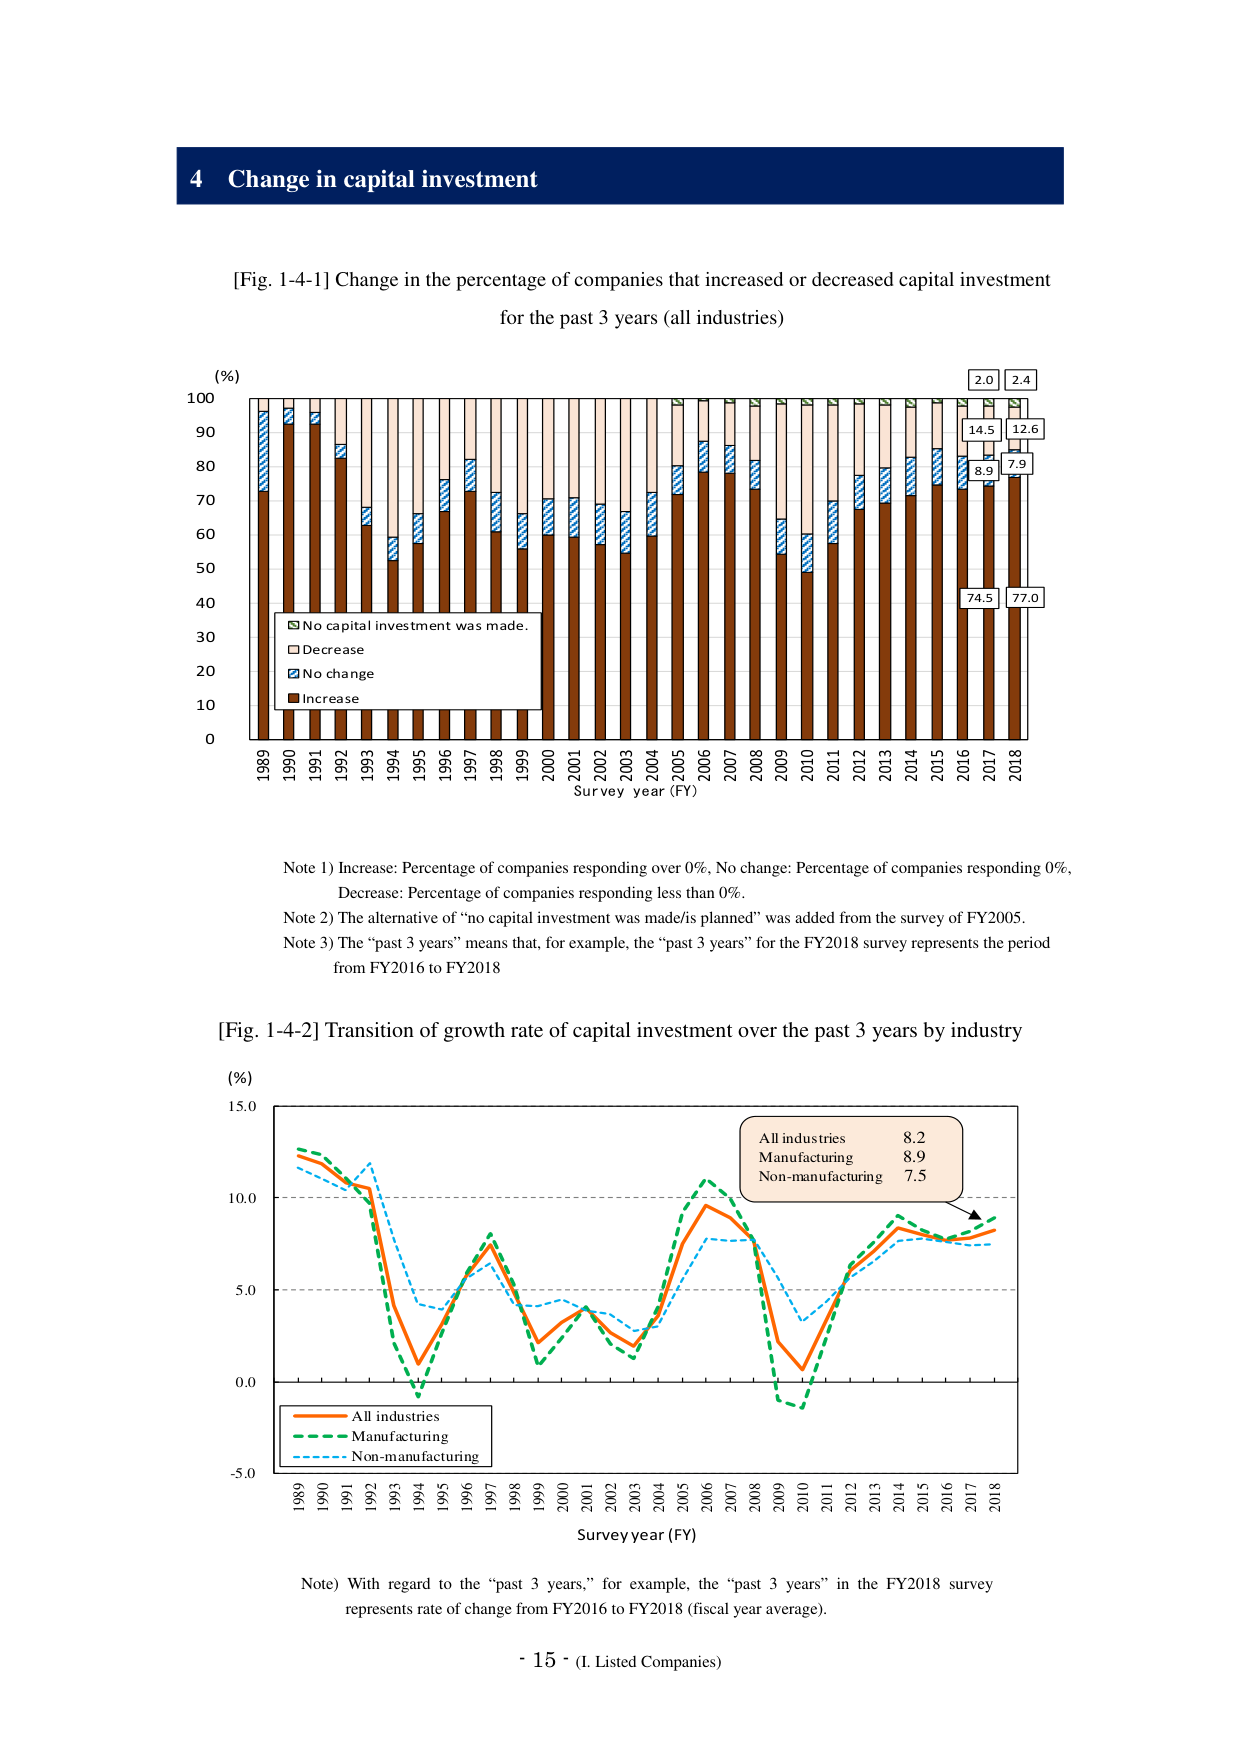
4 Change in capital investment

[Fig. 1-4-1] Change in the percentage of companies that increased or decreased capital investment for the past 3 years (all industries)

(%)
100
90
80
70
60
50
40
30
20
10
0

1989 1990 1991 1992 1993 1994 1995 1996 1997 1998 1999 2000 2001 2002 2003 2004 2005 2006 2007 2008 2009 2010 2011 2012 2013 2014 2015 2016 2017 2018
Survey year (FY)

□ No capital investment was made.
□ Decrease
□ No change
□ Increase

2.0
2.4
14.5
12.6
8.9
7.9
74.5
77.0

Note 1) Increase: Percentage of companies responding over 0%, No change: Percentage of companies responding 0%, Decrease: Percentage of companies responding less than 0%.
Note 2) The alternative of “no capital investment was made/is planned” was added from the survey of FY2005.
Note 3) The “past 3 years” means that, for example, the “past 3 years” for the FY2018 survey represents the period from FY2016 to FY2018

[Fig. 1-4-2] Transition of growth rate of capital investment over the past 3 years by industry

(%)
15.0
10.0
5.0
0.0
-5.0

1989 1990 1991 1992 1993 1994 1995 1996 1997 1998 1999 2000 2001 2002 2003 2004 2005 2006 2007 2008 2009 2010 2011 2012 2013 2014 2015 2016 2017 2018
Survey year (FY)

All industries
Manufacturing
Non-manufacturing

All industries 8.2
Manufacturing 8.9
Non-manufacturing 7.5

Note) With regard to the “past 3 years,” for example, the “past 3 years” in the FY2018 survey represents rate of change from FY2016 to FY2018 (fiscal year average).

- 15 - (I. Listed Companies)